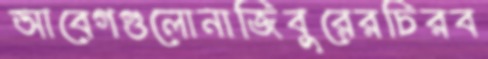
আবেগগুলোনাজিবুরেরচিরব